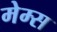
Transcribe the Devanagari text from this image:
मेम्स